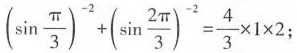
$$(\sin \frac{\pi}{3})^{-2}+(\sin \frac{2 \pi}{3})^{-2}= \frac{4}{3}\times 1 \times 2;$$